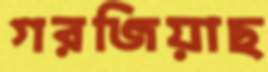
গরজিয়াছ